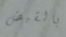
بالقبض